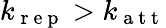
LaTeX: k_{\mathrm{~r~e~p~}}>k_{\mathrm{~a~t~t~}}